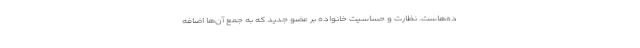
ده‌هاست. نظارت و حساسیت خانواده بر عضو جدید که به جمع آن‌ها اضافه